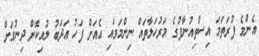
އެންމެ ފުރަތަމަ އިސްތިއުނާފުގެ މަރުހަލާތައް ނިންމަވައި އެއަށް ފަހު އަދަބު ލުއިކޮށް ދިނުމަށް